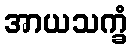
အာယသက္ခံ